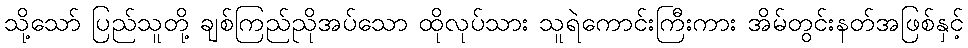
သို့သော် ပြည်သူတို့ ချစ်ကြည်ညိုအပ်သော ထိုလုပ်သား သူရဲကောင်းကြီးကား အိမ်တွင်းနတ်အဖြစ်နှင့်